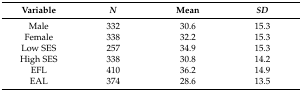
| Variable | N | Mean | SD |
 | --- | --- | --- | --- |
 | Male | 332 | 30.6 | 15.3 |
 | Female | 338 | 32.2 | 15.3 |
 | Low SES | 257 | 34.9 | 15.3 |
 | High SES | 338 | 30.8 | 14.2 |
 | EFL | 410 | 36.2 | 14.9 |
 | EAL | 374 | 28.6 | 13.5 |